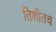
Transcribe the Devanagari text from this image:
तिशीतच